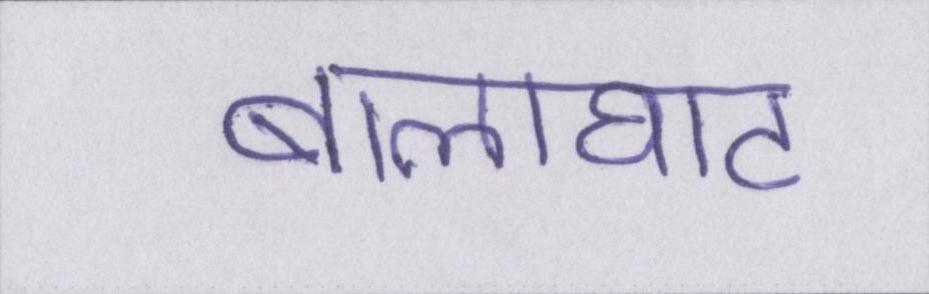
बालाघाट